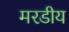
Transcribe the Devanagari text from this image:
मरडीय